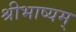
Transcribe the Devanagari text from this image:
श्रीभाष्यम्